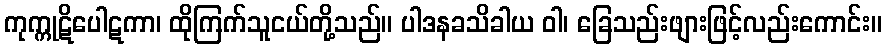
ကုက္ကုဋိပေါဋကာ၊ ထိုကြက်သူငယ်တို့သည်။ ပါဒနခသိခါယ ဝါ၊ ခြေသည်းဖျားဖြင့်လည်းကောင်း။